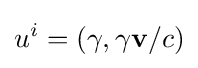
u^{i}=(\gamma ,\gamma \mathbf {v} /c)